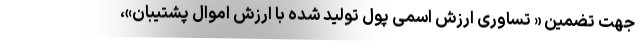
جهت تضمین « تساوری ارزش اسمی پول تولید شده با ارزش اموال پشتیبان»،